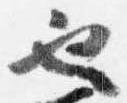
也